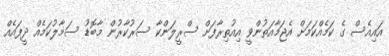
އައިއެސް ގެ ކަމެއްކަމަށް އެޖަމާއަތުންވީ އިއުތިރާފަށް ސްރީލަންކާ ސަރުކާރުން މާބޮޑު ސަމާލުކަމެއް ދީފައެއް